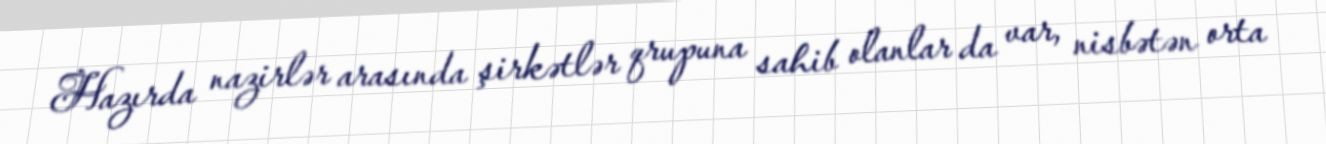
Hazırda nazirlər arasında şirkətlər qrupuna sahib olanlar da var, nisbətən orta